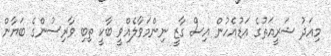
މިއަދު ޝަރީއަތުގެ އަޑުއެހުން އިސް ގާޒީ ނިންމަވާލެއްވީ ބާކީ ތިބި ވާރިސުންގެ ބަޔާން